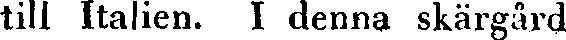
till Italien. I denna skärgård